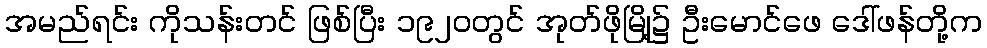
အမည်ရင်း ကိုသန်းတင် ဖြစ်ပြီး ၁၉၂၀တွင် အုတ်ဖိုမြို့၌ ဦးမောင်ဖေ ဒေါ်ဖန်တို့က